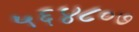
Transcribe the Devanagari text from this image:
५६४८०७